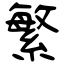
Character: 繁